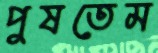
পুষতেম